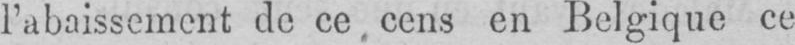
l’abaissement de ce, cens en Belgique ce